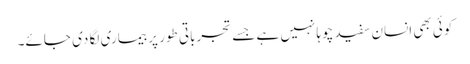
کوئی بھی انسان سفید چوہا نہیں ہے جسے تجرباتی طور پر بیماری لگا دی جائے۔